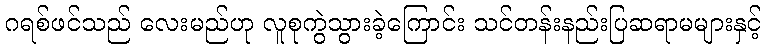
ဂရစ်ဖင်သည် လေးမည်ဟု လူစုကွဲသွားခဲ့ကြောင်း သင်တန်းနည်းပြဆရာမများနှင့်